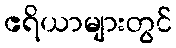
ဧရိယာများတွင်